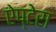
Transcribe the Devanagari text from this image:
ऐप्टेरा